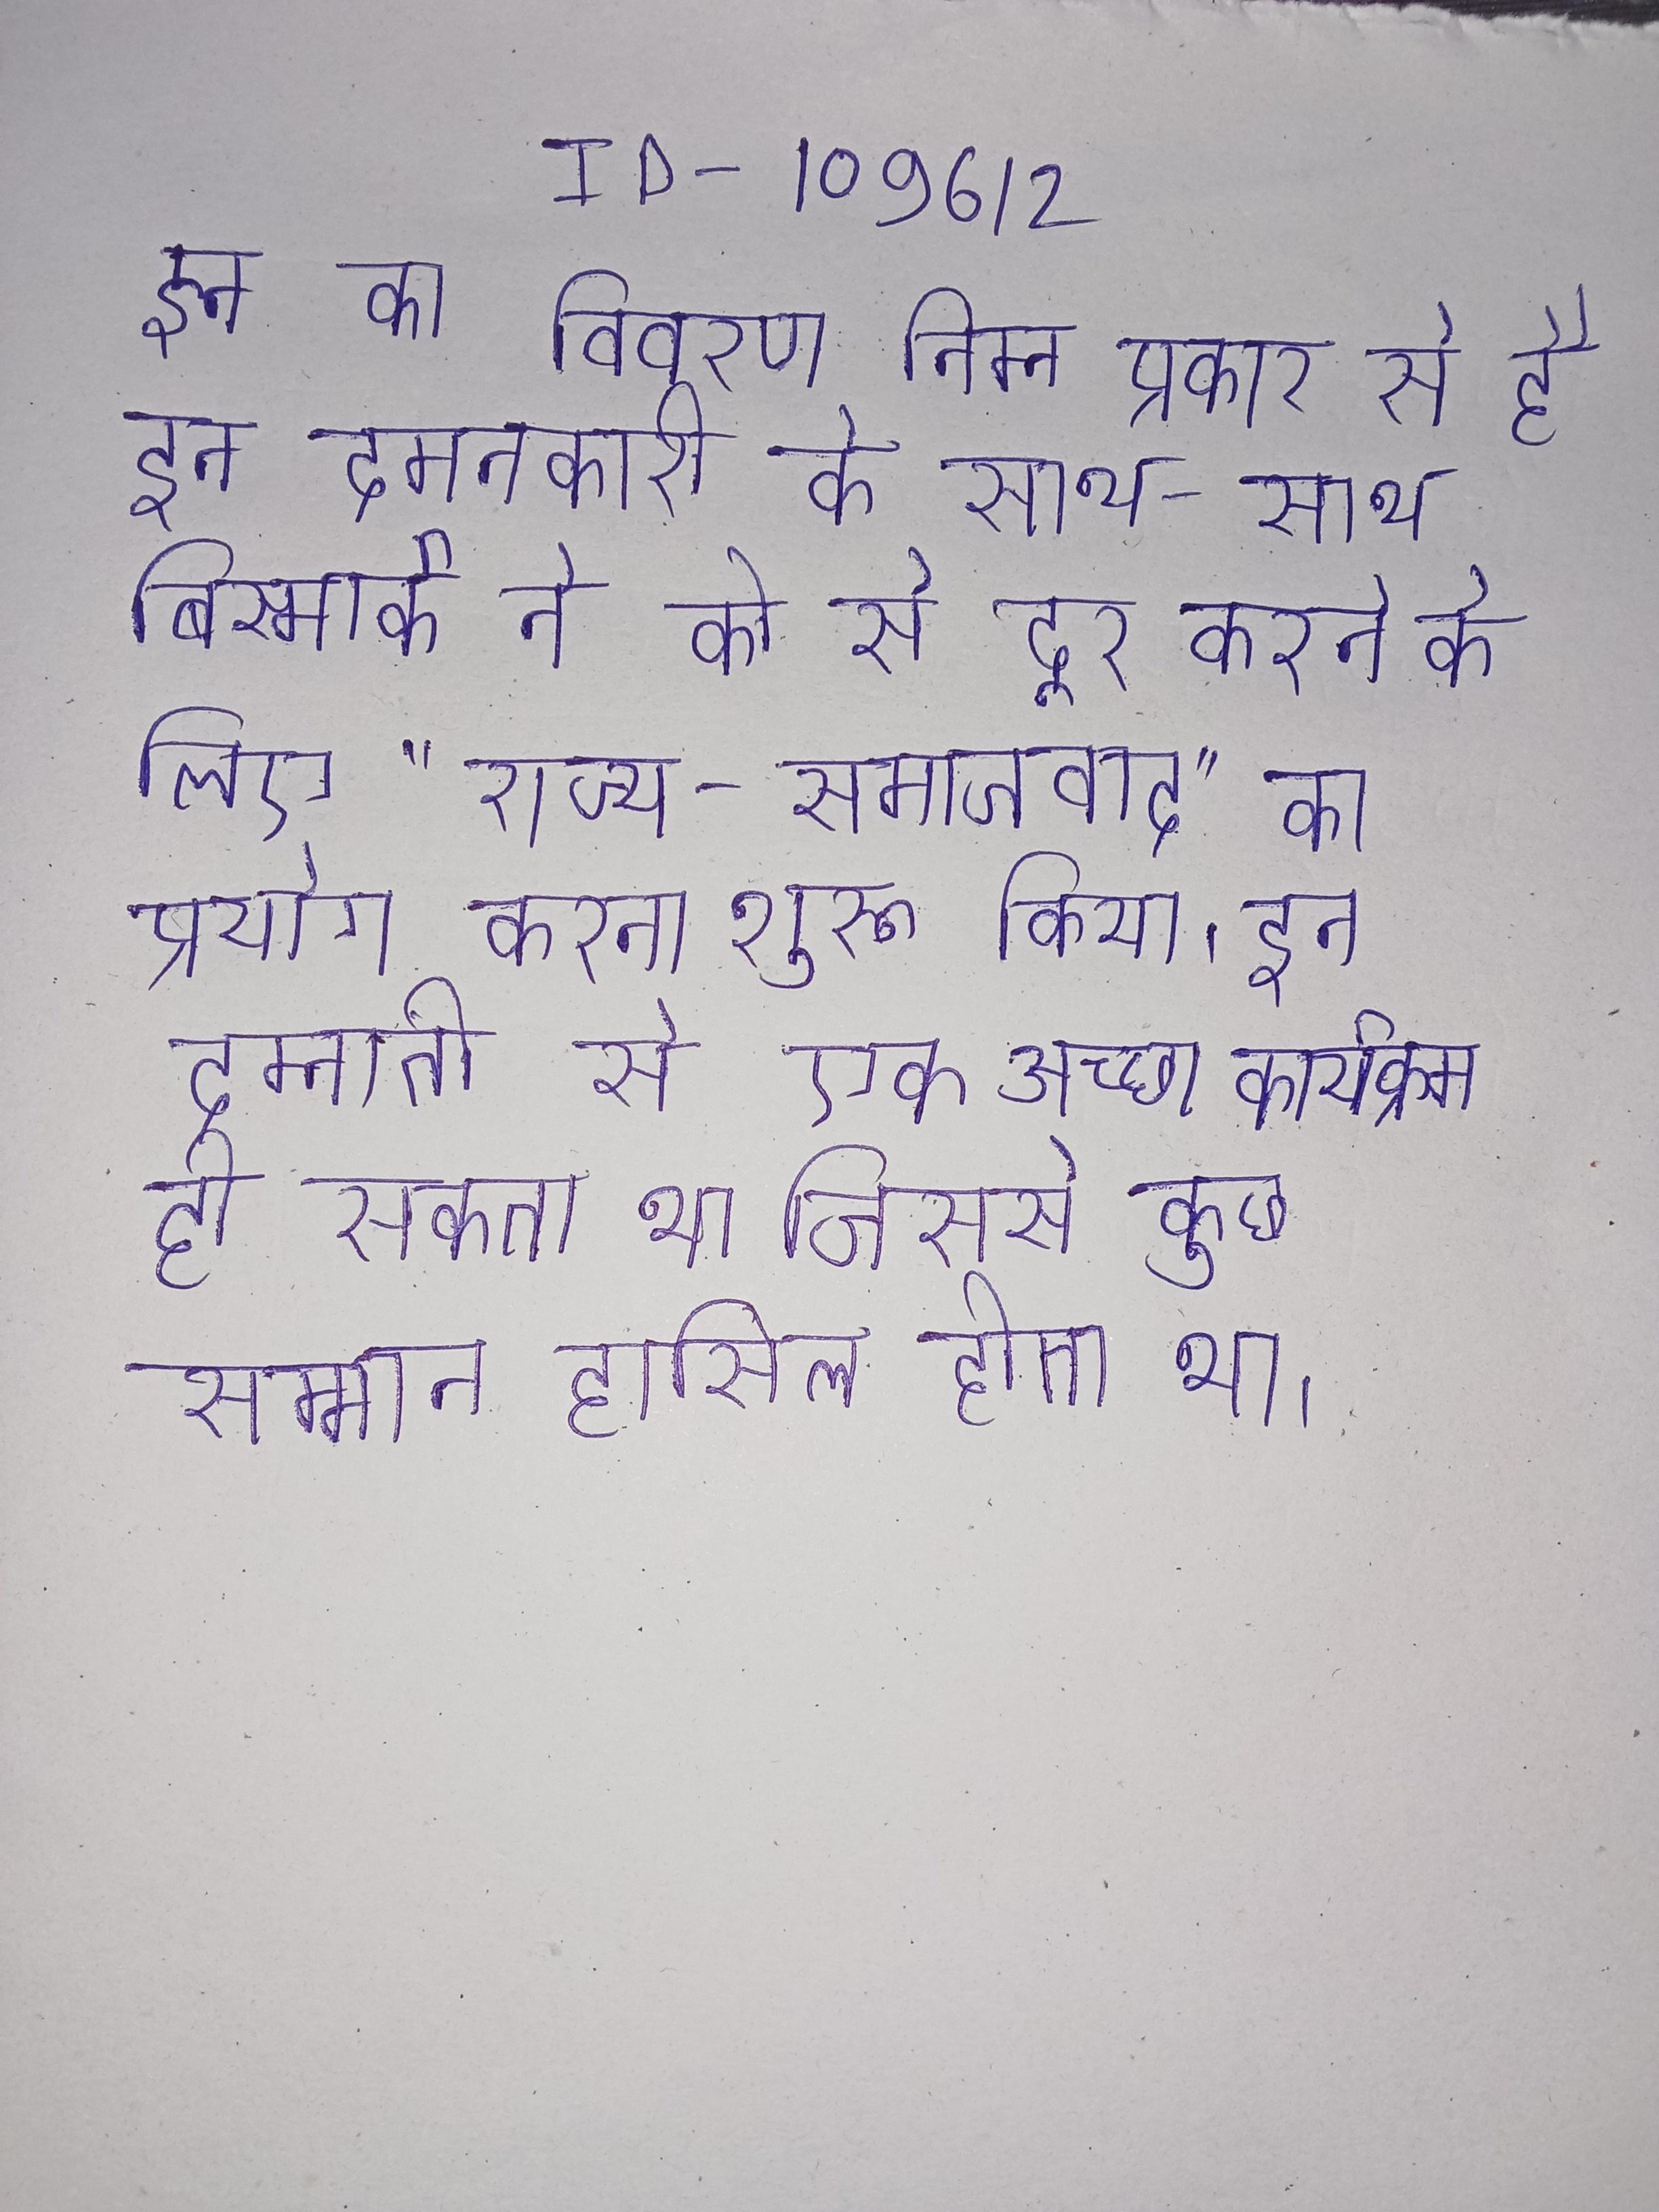
इन का विवरण निम्न प्रकार से है इन दमनकारी के साथ-साथ बिस्मार्क ने को से दूर करने के लिए "राज्य-समाजवाद" का प्रयोग करना शुरू किया । इन दम्नाती से एक अच्छा कार्यक्रम हो सकता था जिससे कुछ सम्मान हासिल होता था ।